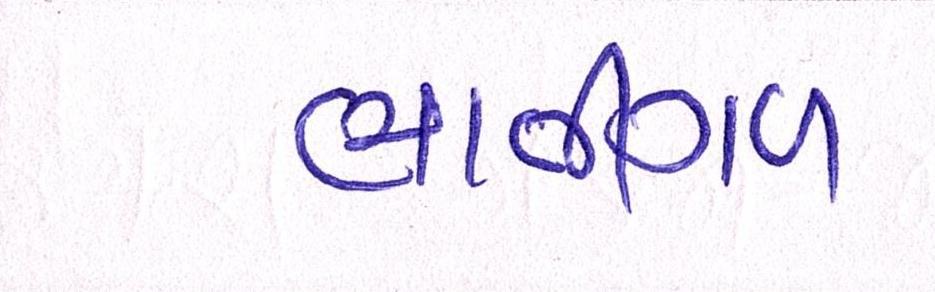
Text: ભાતીગળ